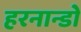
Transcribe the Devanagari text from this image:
हरनान्डो